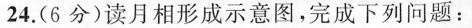
24.(6分)读月相形成示意图，完成下列问题：